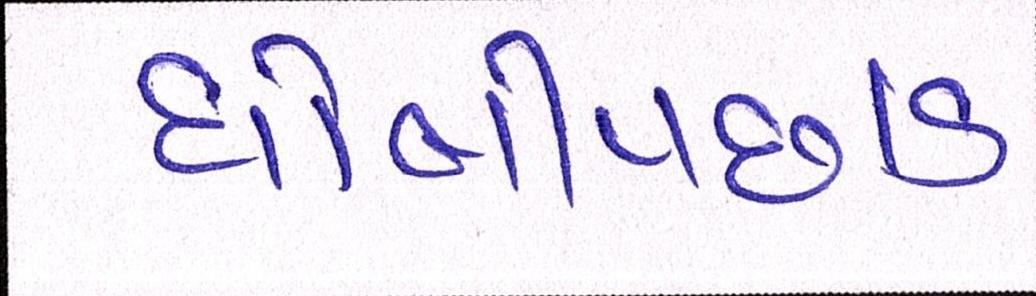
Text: ધોબીપછાડ